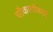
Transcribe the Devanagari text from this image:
चौकाचौकांचे